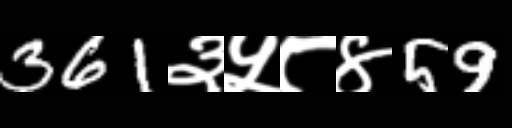
Text: 361३५८४59